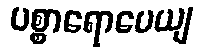
ပစ္စာရောပေယျ